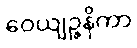
ဝေယျဉ္ဇနိကာ